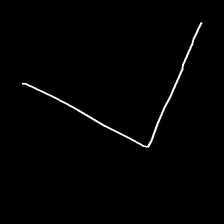
Glyph: region